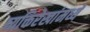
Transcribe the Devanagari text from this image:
व्यक्तिरेखांमध्ये